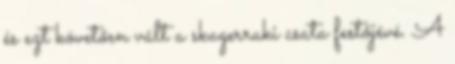
és ezt követően vált a skagerraki csata festőjévé. A